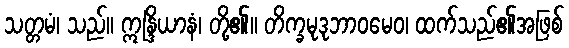
သတ္တမံ၊ သည်။ ဣန္ဒြိယာနံ၊ တို့၏။ တိက္ခမုဒုဘာဝမေဝ၊ ထက်သည်၏အဖြစ်